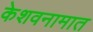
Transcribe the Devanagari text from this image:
केशवनामात